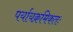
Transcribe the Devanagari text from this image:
पर्यायक्रमिकतः